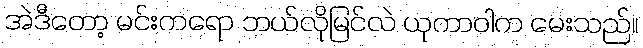
အဲဒီတော့ မင်းကရော ဘယ်လိုမြင်လဲ ယုကာဝါက မေးသည်။